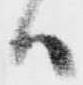
ハ